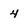
Character: 4